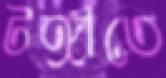
টঙ্গীতে